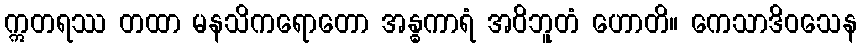
ဣတရဿ တထာ မနသိကရောတော အန္ဓကာရံ အဝိဘူတံ ဟောတိ။ ကေသာဒိဝသေန